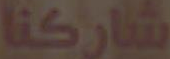
شاركنا